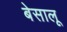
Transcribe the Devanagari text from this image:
बेसालू